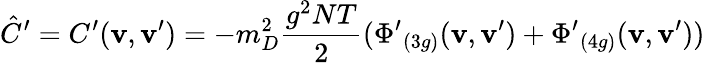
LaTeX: \hat{C}^{\prime}=C^{\prime}({\mathbf{v},\mathbf{v}^{\prime}})=-m_{D}^{2}{\frac{g^{2}NT}{2}}({\Phi^{\prime}}_{(3g)}({\mathbf{v},\mathbf{v}^{\prime}})+{\Phi^{\prime}}_{(4g)}({\mathbf{v},\mathbf{v}^{\prime}}))